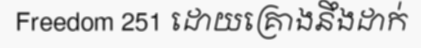
Freedom 251 ដោយគ្រោងនឹងដាក់